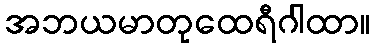
အဘယမာတုထေရီဂါထာ။